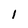
Character: 1